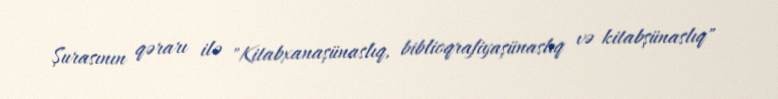
Şurasının qərarı ilə "Kitabxanaşünaslıq, biblioqrafiyaşünaslıq və kitabşünaslıq"